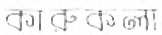
কারুকলা